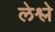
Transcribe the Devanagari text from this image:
लेश्ले